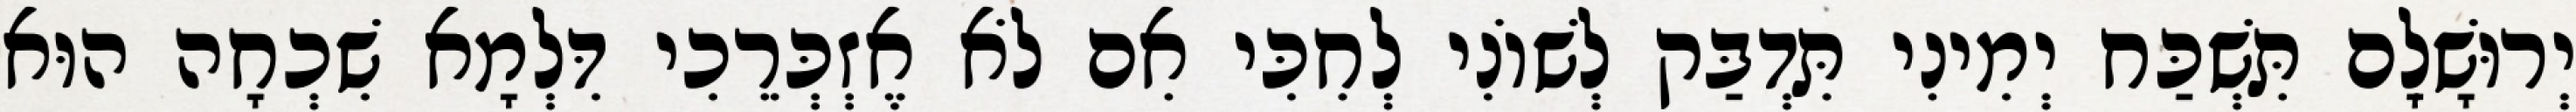
יְרוּשָׁלִָם תִּשְׁכַּח יְמִינִי תִּדְבַּק לְשׁוֹנִי לְחִכִּי אִם לֹא אֶזְכְּרֵכִי דִּלְמָא שִׁכְחָה הוּא